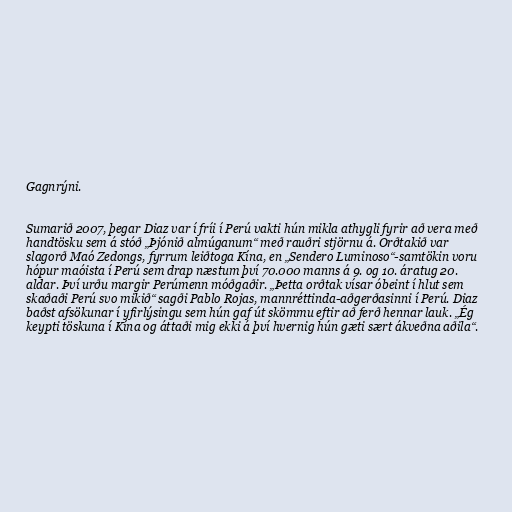
Gagnrýni.

Sumarið 2007, þegar Diaz var í fríi í Perú vakti hún mikla athygli fyrir að vera með
handtösku sem á stóð „Þjónið almúganum“ með rauðri stjörnu á. Orðtakið var
slagorð Maó Zedongs, fyrrum leiðtoga Kína, en „Sendero Luminoso“-samtökin voru
hópur maóista í Perú sem drap næstum því 70.000 manns á 9. og 10. áratug 20.
aldar. Því urðu margir Perúmenn móðgaðir. „Þetta orðtak vísar óbeint í hlut sem
skaðaði Perú svo mikið“ sagði Pablo Rojas, mannréttinda-aðgerðasinni í Perú. Diaz
baðst afsökunar í yfirlýsingu sem hún gaf út skömmu eftir að ferð hennar lauk. „Ég
keypti töskuna í Kína og áttaði mig ekki á því hvernig hún gæti sært ákveðna aðila“.